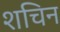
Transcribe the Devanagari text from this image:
शचिन